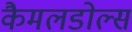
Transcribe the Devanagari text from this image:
कैमलडोल्स